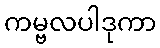
ကမ္ဗလပါဒုကာ